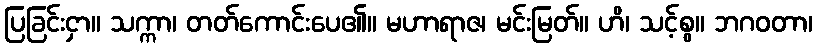
ပြခြင်းငှာ။ သက္ကာ၊ တတ်ကောင်းပေ၏။ မဟာရာဇ၊ မင်းမြတ်။ ဟိ၊ သင့်စွ။ ဘဂဝတာ၊